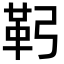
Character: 䩑